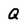
Character: Q